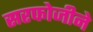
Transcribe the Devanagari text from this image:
सरफोजीने